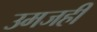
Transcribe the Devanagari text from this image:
उमजही